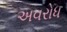
અવરોધ